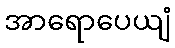
အာရောပေယျံ